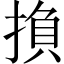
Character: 𢰺